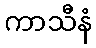
ကာသီနံ